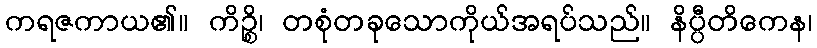
ကရဇကာယ၏။ ကိဉ္စိ၊ တစုံတခုသောကိုယ်အရပ်သည်။ နိပ္ပီတိကေန၊